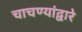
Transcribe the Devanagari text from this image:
चाचण्यांद्वारे